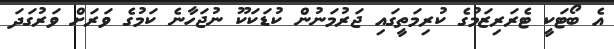
އެ ބޯޓަކީ ޓެރަރިޒަމުގެ ކުރިމަތީގައި ޖަރުމަނުން ކުޑަކަކޫ ނުޖަހާނެ ކަމުގެ ވަރަށް ވަރުގަދަ